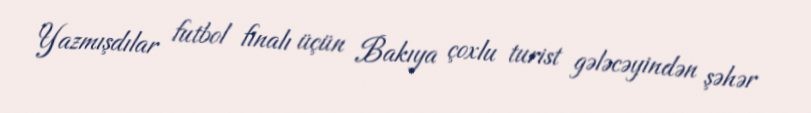
Yazmışdılar futbol finalı üçün Bakıya çoxlu turist gələcəyindən şəhər